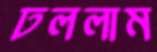
ঢললাম